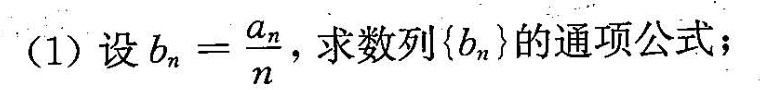
(1)设$$b _ { n } = \frac { a _ { n } } { n }$$ ，求数列(b_{n}}的通项公式；